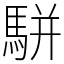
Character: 駢